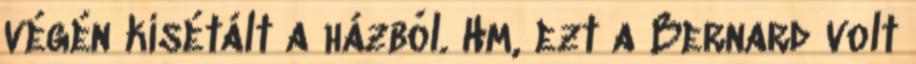
végén kisétált a házból. Hm, ezt a Bernard volt